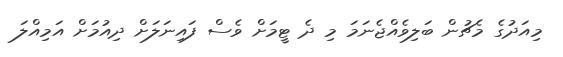
މިއަދުގެ މެޗުން ބަލިވެއްޖެނަމަ މި ދެ ޓީމަށް ވެސް ފައިނަލަށް ދިއުމަށް އަމިއްލަ